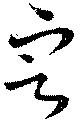
定